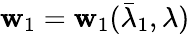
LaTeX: \mathbf{w}_{1}=\mathbf{w}_{1}(\bar{{\lambda}}_{1},\lambda)